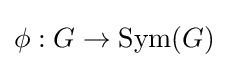
\phi :G\to \mathrm {Sym} (G)